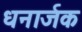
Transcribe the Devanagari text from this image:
धनार्जक